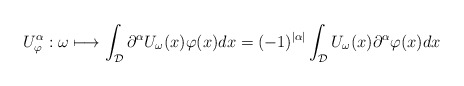
\begin{align*} U_{\varphi}^{\alpha} : \omega \longmapsto\int_{\mathcal{D}} \partial^{\alpha}U_{\omega}(x)\varphi(x)dx = (-1)^{|\alpha|}\int_{\mathcal{D}} U_{\omega}(x)\partial^{\alpha}\varphi(x)dx \end{align*}